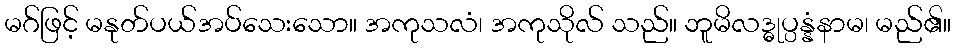
မဂ်ဖြင့် မနုတ်ပယ်အပ်သေးသော။ အကုသလံ၊ အကုသိုလ် သည်။ ဘူမိလဒ္ဓုပ္ပန္နံနာမ၊ မည်၏။